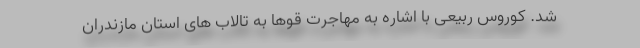
شد. کوروس ربیعی با اشاره به مهاجرت قوها به تالاب های استان مازندران